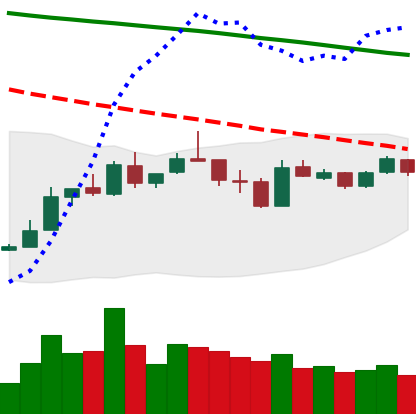
Ticker: LTC-USD
Chart end date: 2019-01-03
Forward return: 23.271%
Label: up_7plus